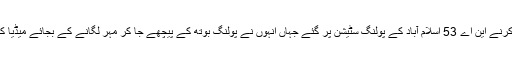
25 جولائی کو ہونے والے عام انتخابات میں عمران خان اپنا ووٹ کاسٹ کرنے این اے 53 اسلام آباد کے پولنگ سٹیشن پر گئے جہاں انہوں نے پولنگ بوتھ کے پیچھے جا کر مہر لگانے کے بجائے میڈیا کے سامنے ہی بیلٹ پیپر پر مہر لگائی جس کا الیکشن کمیشن نے نوٹس لیا۔